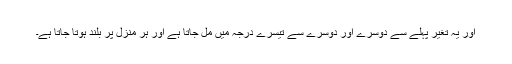
اور یہ تغیر پہلے سے دوسرے اور دوسرے سے تیسرے درجہ میں مل جاتا ہے اور ہر منزل پر بلند ہوتا جاتا ہے۔